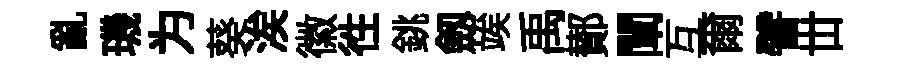
亂璣为葵涘徽徃銚劔竢禹鄼闡互爾譬丗